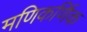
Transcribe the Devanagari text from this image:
मणिकर्णिक